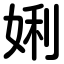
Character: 娳